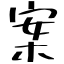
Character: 案